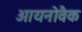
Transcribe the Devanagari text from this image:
आयनोवैक